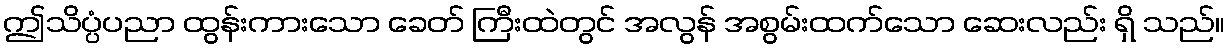
ဤသိပ္ပံပညာ ထွန်းကားသော ခေတ် ကြီးထဲတွင် အလွန် အစွမ်းထက်သော ဆေးလည်း ရှိ သည်။